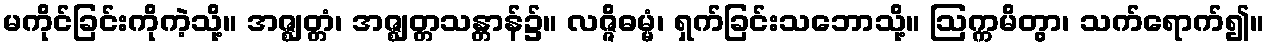
မကိုင်ခြင်းကိုကဲ့သို့။ အဇ္ဈတ္တံ၊ အဇ္ဈတ္တသန္တာန်၌။ လဇ္ဇိဓမ္မံ၊ ရှက်ခြင်းသဘောသို့။ ဩက္ကမိတွာ၊ သက်ရောက်၍။